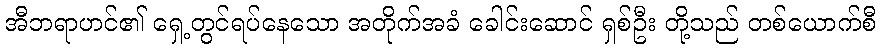
အီဘရာဟင်၏ ရှေ့တွင်ရပ်နေသော အတိုက်အခံ ခေါင်းဆောင် ရှစ်ဦး တို့သည် တစ်ယောက်စီ